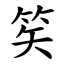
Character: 笶